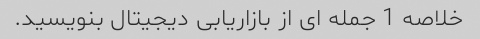
خلاصه 1 جمله ای از بازاریابی دیجیتال بنویسید.